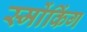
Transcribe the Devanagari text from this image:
स्मोंकिंग